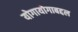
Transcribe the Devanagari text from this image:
योगायोगाबद्दल